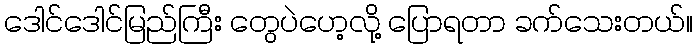
ဒေါင်ဒေါင်မြည်ကြီး တွေပဲဟေ့လို့ ပြောရတာ ခက်သေးတယ်။